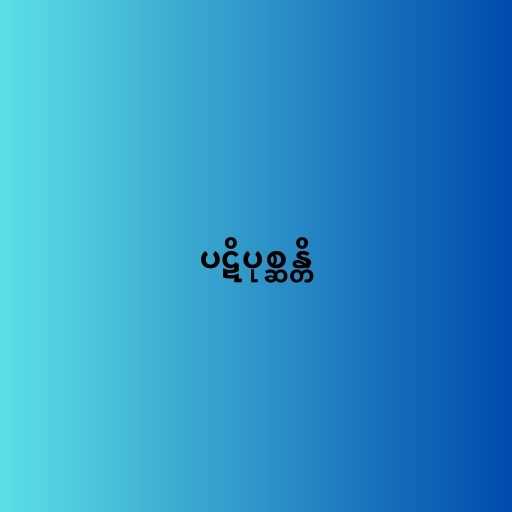
ပဋိပုစ္ဆန္တိ